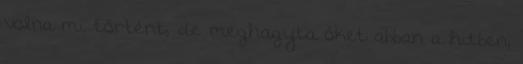
volna mi történt, de meghagyta őket abban a hitben,